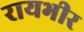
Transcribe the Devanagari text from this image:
रायभीर